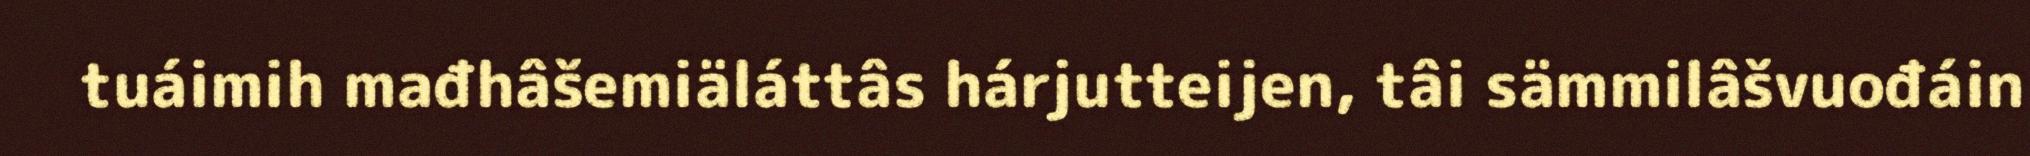
tuáimih mađhâšemiäláttâs hárjutteijen, tâi sämmilâšvuođáin